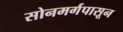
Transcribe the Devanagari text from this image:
सोनमर्गपासून